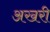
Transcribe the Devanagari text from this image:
अखरी